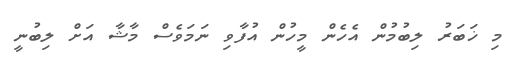
މި ޚަބަރު ލިބުމުން އެހެން މީހުން އުފާވި ނަމަވެސް މާޝާ އަށް ލިބުނީ